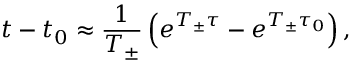
t - t _ { 0 } \approx \frac { 1 } { T _ { \pm } } \left( e ^ { T _ { \pm } \tau } - e ^ { T _ { \pm } \tau _ { 0 } } \right) ,